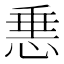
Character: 𢛲